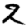
Digit: 2